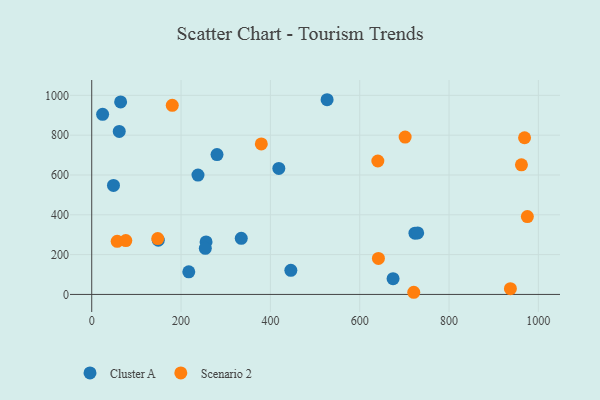
{"axis": {"x": "Experience", "y": "Sales"}, "legend": ["Cluster A", "Scenario 2"], "data": [{"x": "418.9", "y": 633.0, "type": "Cluster A"}, {"x": "280.5", "y": 702.5, "type": "Cluster A"}, {"x": "334.8", "y": 281.7, "type": "Cluster A"}, {"x": "723.7", "y": 307.7, "type": "Cluster A"}, {"x": "64.7", "y": 967.2, "type": "Cluster A"}, {"x": "149.0", "y": 272.4, "type": "Cluster A"}, {"x": "729.8", "y": 308.8, "type": "Cluster A"}, {"x": "24.4", "y": 904.7, "type": "Cluster A"}, {"x": "445.8", "y": 120.9, "type": "Cluster A"}, {"x": "527.0", "y": 978.0, "type": "Cluster A"}, {"x": "217.3", "y": 113.7, "type": "Cluster A"}, {"x": "48.7", "y": 547.3, "type": "Cluster A"}, {"x": "256.0", "y": 263.9, "type": "Cluster A"}, {"x": "237.9", "y": 599.5, "type": "Cluster A"}, {"x": "674.7", "y": 79.0, "type": "Cluster A"}, {"x": "254.3", "y": 231.4, "type": "Cluster A"}, {"x": "61.6", "y": 819.0, "type": "Cluster A"}, {"x": "701.7", "y": 790.3, "type": "Scenario 2"}, {"x": "937.4", "y": 29.1, "type": "Scenario 2"}, {"x": "641.9", "y": 180.6, "type": "Scenario 2"}, {"x": "721.0", "y": 10.8, "type": "Scenario 2"}, {"x": "57.0", "y": 266.6, "type": "Scenario 2"}, {"x": "379.7", "y": 755.8, "type": "Scenario 2"}, {"x": "969.1", "y": 787.0, "type": "Scenario 2"}, {"x": "975.4", "y": 391.1, "type": "Scenario 2"}, {"x": "180.3", "y": 950.1, "type": "Scenario 2"}, {"x": "147.8", "y": 280.7, "type": "Scenario 2"}, {"x": "640.6", "y": 670.1, "type": "Scenario 2"}, {"x": "76.3", "y": 270.3, "type": "Scenario 2"}, {"x": "962.1", "y": 651.2, "type": "Scenario 2"}]}